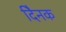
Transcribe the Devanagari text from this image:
दैिनक